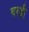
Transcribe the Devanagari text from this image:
बरड़ी